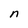
Character: n